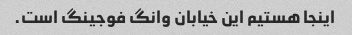
اینجا هستیم این خیابان وانگ فوجینگ است.